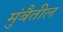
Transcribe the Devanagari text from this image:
मुंबैतील